Leaving Certificate, 1901
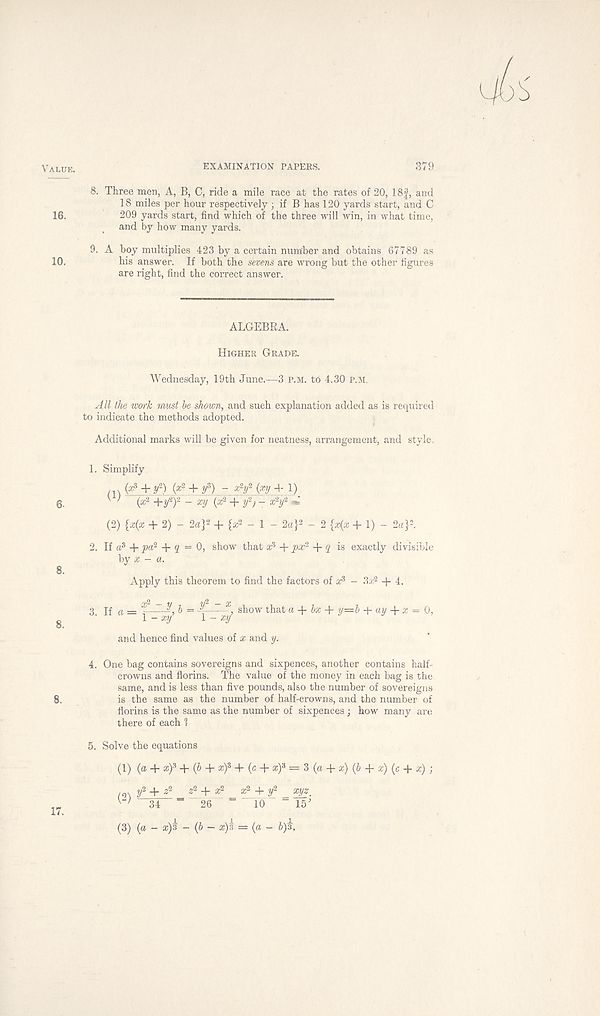
Value.
16.
10.
6-
8.
8.
8.
EXAMINATION PAPERS.
379
8. Three men, A, B, C, ride a mile race at the rates of 20, 18f, and
18 miles per hour respectively ; if B has 120 yards start, and C
209 yards start, find which of the three will win, in what time,
and by how many yards.
9. A boy multiplies 423 by a certain number and obtains 67789 as
his answer. If both the sevens are wrong but the other figures
are right, find the correct answer.
ALGEBRA.
Higher Grade.
Wednesday, 19th June.—3 p.m. to 4.30 P.M.
All the work must be shown, and such explanation added as is required
to indicate the methods adopted.
Additional marks will be given for neatness, arrangement, and style.
1. Simplify
(a 3 + y-) (ft 2 + y z ) ~ xY (xy 4- 1)
' (x 2 +y 2 ) 2 - xy (x 2 + y‘ 2 j - x 2 y 2 *
(2) {x{x + 2) - 2a} 2 + {x 2 - 1 - 2a} 2 - 2 {x(x + 1) - 2a} 2 .
2. If a 3 + pa 2 + 2 = 0, show that x 3 + px 2 + 2 is exactly divisible
by x - a.
Apply this theorem to find the factors of x 3 - 3x 2 -f 4.
3 if a = X
, ~ X , show that a + 6x + y=b q- ay + x = 0,
1 - xy 1 - *y
and hence find values of x and y.
4. One bag contains sovereigns and sixpences, another contains half-
crowns and florins. The value of the money in each bag is the
same, and is less than five pounds, also the number of sovereigns
is the same as the number of half-crowns, and the number of
florins is the same as the number of sixpences ; how many are
there of each 1
5. Solve the equations
(1) (a + x) 3 + (b + xf + (c + x) 3 = 3 (a + x) (b + x) (c + x) ;
to\ f + ^ ?! +J c2 _ 3:2 + y 2 _ 2^.
W 34 “ 26 “ 10 - 15'
(3) (a - x)3 - (5 - x)s = (a - b)a.
17.